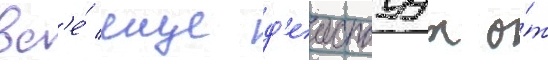
вс'е́ еще д'еиствуут о́т